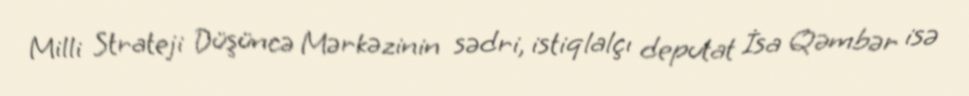
Milli Strateji Düşüncə Mərkəzinin sədri, istiqlalçı deputat İsa Qəmbər isə